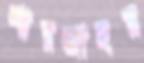
শারজাহর